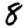
Digit: 8